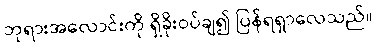
ဘုရားအလောင်းကို ရှိခိုးဝပ်ချ၍ ပြန်ရရှာလေသည်။